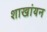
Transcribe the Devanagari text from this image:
शाखांयन